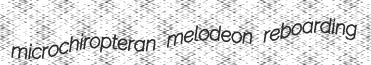
microchiropteran melodeon reboarding